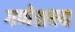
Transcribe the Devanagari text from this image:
गणेशस्य